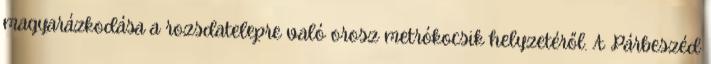
magyarázkodása a rozsdatelepre való orosz metrókocsik helyzetéről. A Párbeszéd